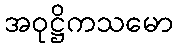
အဝုဋ္ဌိကသမော